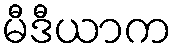
မီဒီယာက